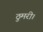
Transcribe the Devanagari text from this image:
ठुमरी।